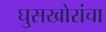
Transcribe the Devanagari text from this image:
घुसखोरांचा